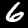
Label: 6